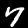
Digit: 7